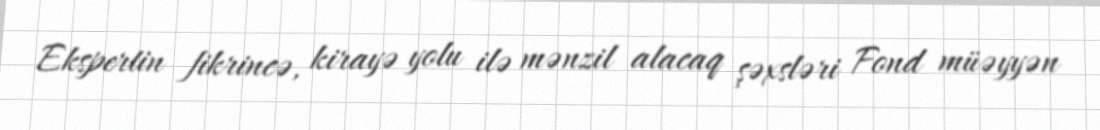
Ekspertin fikrincə, kirayə yolu ilə mənzil alacaq şəxsləri Fond müəyyən